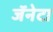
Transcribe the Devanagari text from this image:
जॅनेटा